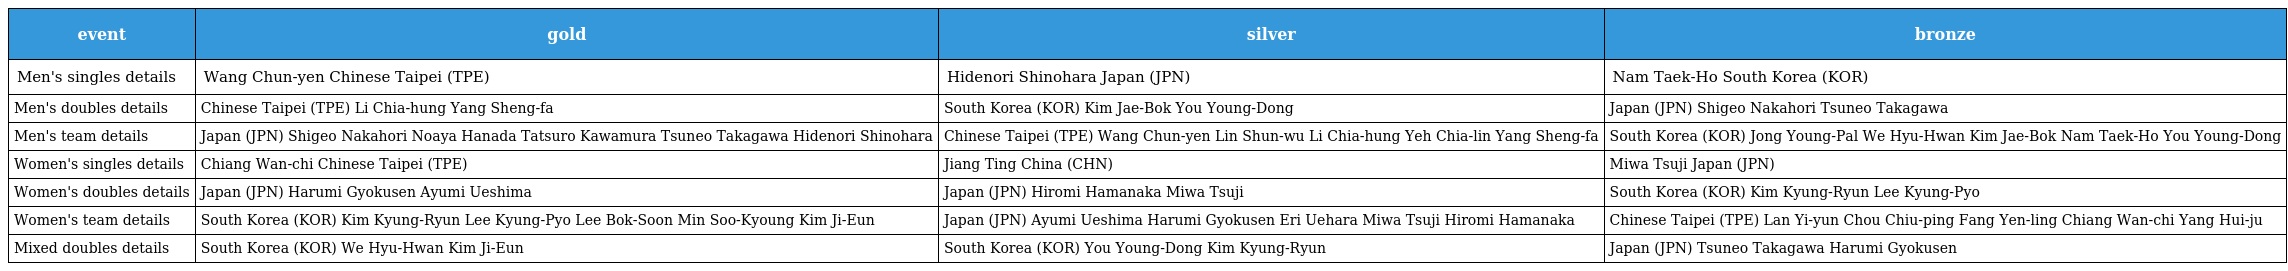
| event | gold | silver | bronze |
 | --- | --- | --- | --- |
 | Men's singles details | Wang Chun-yen Chinese Taipei (TPE) | Hidenori Shinohara Japan (JPN) | Nam Taek-Ho South Korea (KOR) |
 | Men's doubles details | Chinese Taipei (TPE) Li Chia-hung Yang Sheng-fa | South Korea (KOR) Kim Jae-Bok You Young-Dong | Japan (JPN) Shigeo Nakahori Tsuneo Takagawa |
 | Men's team details | Japan (JPN) Shigeo Nakahori Noaya Hanada Tatsuro Kawamura Tsuneo Takagawa Hidenori Shinohara | Chinese Taipei (TPE) Wang Chun-yen Lin Shun-wu Li Chia-hung Yeh Chia-lin Yang Sheng-fa | South Korea (KOR) Jong Young-Pal We Hyu-Hwan Kim Jae-Bok Nam Taek-Ho You Young-Dong |
 | Women's singles details | Chiang Wan-chi Chinese Taipei (TPE) | Jiang Ting China (CHN) | Miwa Tsuji Japan (JPN) |
 | Women's doubles details | Japan (JPN) Harumi Gyokusen Ayumi Ueshima | Japan (JPN) Hiromi Hamanaka Miwa Tsuji | South Korea (KOR) Kim Kyung-Ryun Lee Kyung-Pyo |
 | Women's team details | South Korea (KOR) Kim Kyung-Ryun Lee Kyung-Pyo Lee Bok-Soon Min Soo-Kyoung Kim Ji-Eun | Japan (JPN) Ayumi Ueshima Harumi Gyokusen Eri Uehara Miwa Tsuji Hiromi Hamanaka | Chinese Taipei (TPE) Lan Yi-yun Chou Chiu-ping Fang Yen-ling Chiang Wan-chi Yang Hui-ju |
 | Mixed doubles details | South Korea (KOR) We Hyu-Hwan Kim Ji-Eun | South Korea (KOR) You Young-Dong Kim Kyung-Ryun | Japan (JPN) Tsuneo Takagawa Harumi Gyokusen |